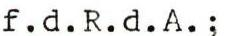
f.d.R.d.A.